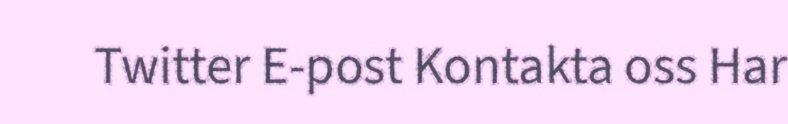
Twitter E-post Kontakta oss Har